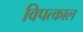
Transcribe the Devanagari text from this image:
विपत्काल